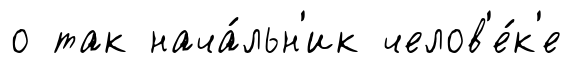
о так нача́льн'ик челов'е́к'е